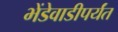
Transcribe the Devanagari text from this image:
भेंडेवाडीपर्यंत